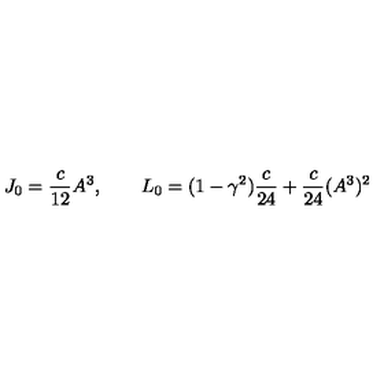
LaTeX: J _ { 0 } = \frac { c } { 1 2 } A ^ { 3 } , \qquad L _ { 0 } = ( 1 - \gamma ^ { 2 } ) \frac { c } { 2 4 } + \frac { c } { 2 4 } ( A ^ { 3 } ) ^ { 2 }